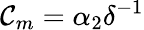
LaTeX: \mathcal{C}_{m}=\alpha_{2}\delta^{-1}